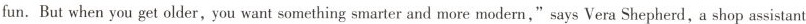
fun.But when you get older, you want something smarter and more modern,"says Vera Shepherd, a shop assistant